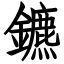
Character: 鑣